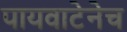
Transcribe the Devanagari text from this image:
पायवाटेनेच